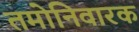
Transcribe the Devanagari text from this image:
तमोनिवारक